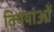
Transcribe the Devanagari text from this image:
क्यियाओं